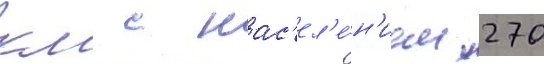
км с нас'ел'е́н'ием 270